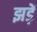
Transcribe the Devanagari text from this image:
झड़ें